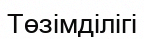
Төзімділігі